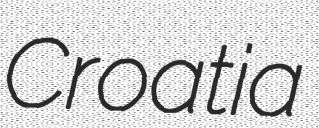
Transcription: Croatia